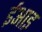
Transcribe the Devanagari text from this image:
ईआइ